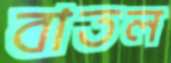
বাতল